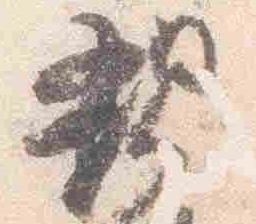
親